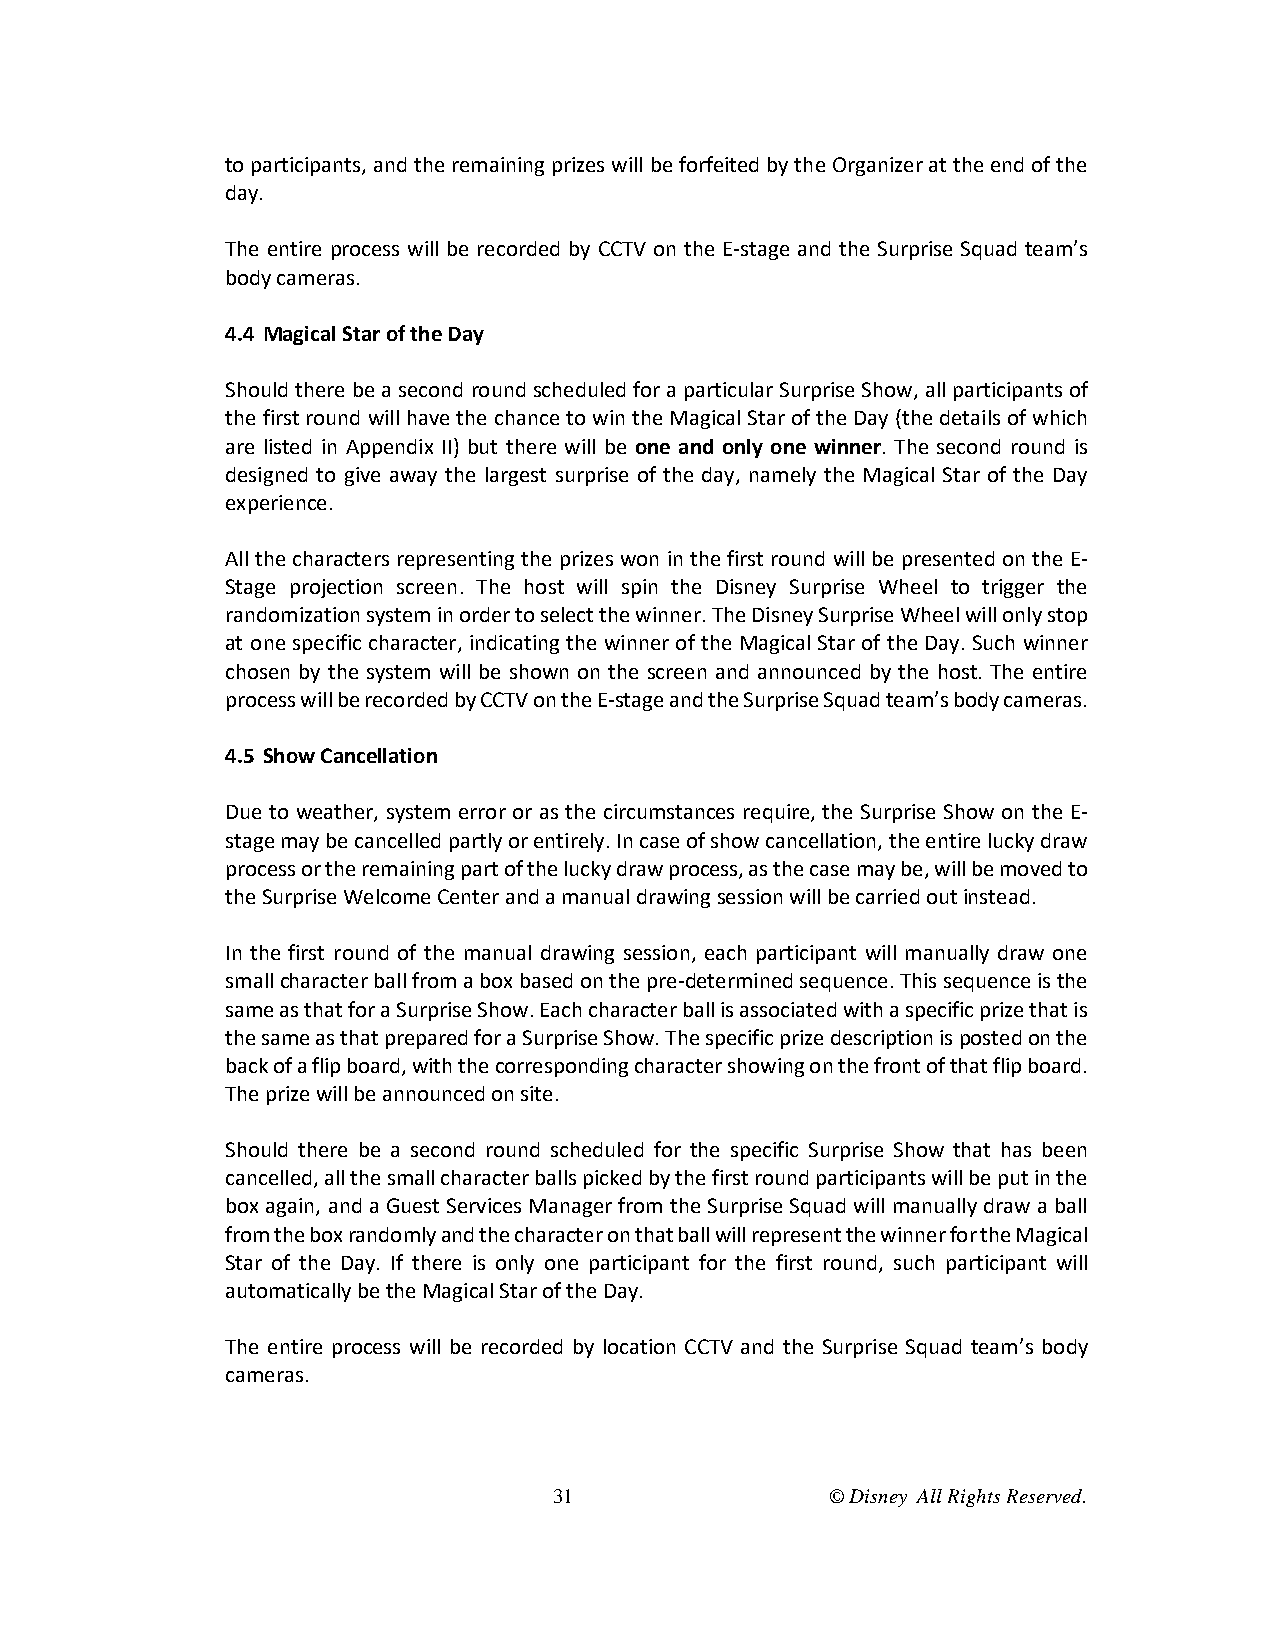
to participants, and the remaining prizes will be forfeited by the Organizer at the end of the
 day.
 The entire process will be recorded by CCTV on the E-stage and the Surprise Squad team’s
 body cameras.
 4.4 Magical Star of the Day
 Should there be a second round scheduled for a particular Surprise Show, all participants of
 the first round will have the chance to win the Magical Star of the Day (the details of which
 are listed in Appendix II) but there will be one and only one winner. The second round is
 designed to give away the largest surprise of the day, namely the Magical Star of the Day
 experience.
 All the characters representing the prizes won in the first round will be presented on the E-
 Stage projection screen. The host will spin the Disney Surprise Wheel to trigger the
 randomization system in order to select the winner. The Disney Surprise Wheel will only stop
 at one specific character, indicating the winner of the Magical Star of the Day. Such winner
 chosen by the system will be shown on the screen and announced by the host. The entire
 process will be recorded by CCTV on the E-stage and the Surprise Squad team’s body cameras.
 4.5 Show Cancellation
 Due to weather, system error or as the circumstances require, the Surprise Show on the E-
 stage may be cancelled partly or entirely. In case of show cancellation, the entire lucky draw
 process or the remaining part of the lucky draw process, as the case may be, will be moved to
 the Surprise Welcome Center and a manual drawing session will be carried out instead.
 In the first round of the manual drawing session, each participant will manually draw one
 small character ball from a box based on the pre-determined sequence. This sequence is the
 same as that for a Surprise Show. Each character ball is associated with a specific prize that is
 the same as that prepared for a Surprise Show. The specific prize description is posted on the
 back of a flip board, with the corresponding character showing on the front of that flip board.
 The prize will be announced on site.
 Should there be a second round scheduled for the specific Surprise Show that has been
 cancelled, all the small character balls picked by the first round participants will be put in the
 box again, and a Guest Services Manager from the Surprise Squad will manually draw a ball
 from the box randomly and the character on that ball will represent the winner for the Magical
 Star of the Day. If there is only one participant for the first round, such participant will
 automatically be the Magical Star of the Day.
 The entire process will be recorded by location CCTV and the Surprise Squad team’s body
 cameras.
 31                © Disney All Rights Reserved.